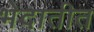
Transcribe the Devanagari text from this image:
भेदातीत